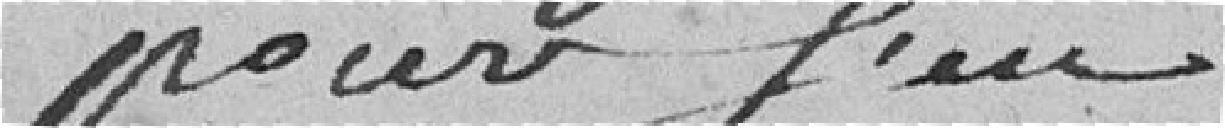
pour s'en